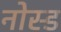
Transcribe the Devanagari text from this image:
नोस्ड